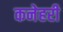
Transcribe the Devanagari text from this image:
कनेहरी